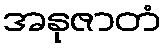
အနုဇာတံ